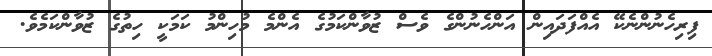
ފިރިހެނުންނެކޭ އެއްފަދައިން އަންހެނުންގެ ވެސް ޒުވާންކަމުގެ އެންމެ މުހިންމު ކަމަކީ ހިތުގެ ޒުވާންކަމެވެ.